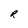
Character: R